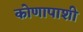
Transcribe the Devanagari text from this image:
कोणापाशी